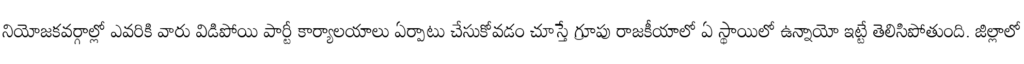
నియోజకవర్గాల్లో ఎవరికి వారు విడిపోయి పార్టీ కార్యాలయాలు ఏర్పాటు చేసుకోవడం చూస్తే గ్రూపు రాజకీయాలో ఏ స్థాయిలో ఉన్నాయో ఇట్టే తెలిసిపోతుంది. జిల్లాలో